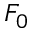
F _ { 0 }